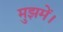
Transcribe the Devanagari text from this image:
मुझमें।